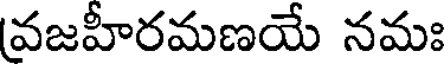
వజహీరమణయే నమః